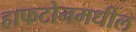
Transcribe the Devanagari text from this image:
हाफटोनमधील